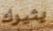
يثيرك